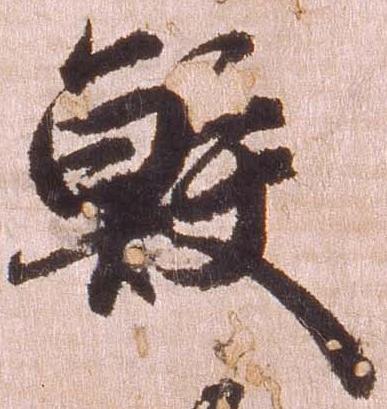
鮫